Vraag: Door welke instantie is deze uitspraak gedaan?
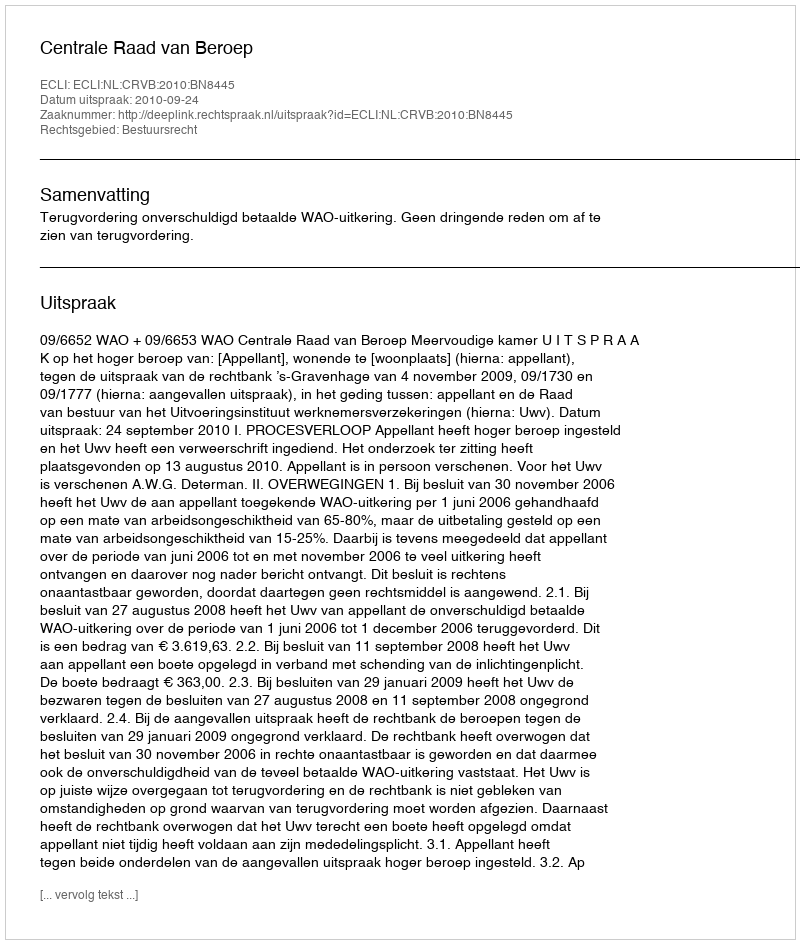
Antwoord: Centrale Raad van Beroep